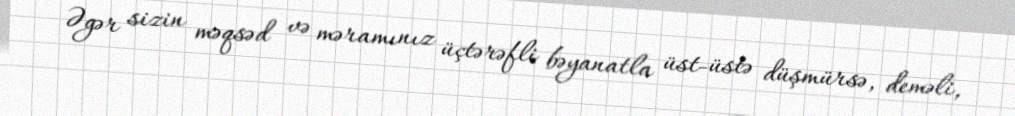
Əgər sizin məqsəd və məramınız üçtərəfli bəyanatla üst-üstə düşmürsə, deməli,